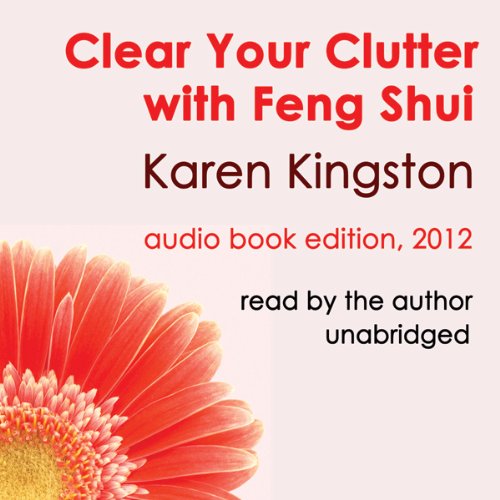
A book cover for Clear Your Clutter with Feng Shui; Karen Kingston; Religion & Spirituality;